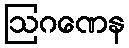
ဩဂဏေန